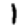
Digit: 1